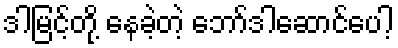
ဒါမြင့်တို့ နေခဲ့တဲ့ ဘော်ဒါဆောင်ပေါ့